Tartu_pedagoogiumi_aruanded, lk 3
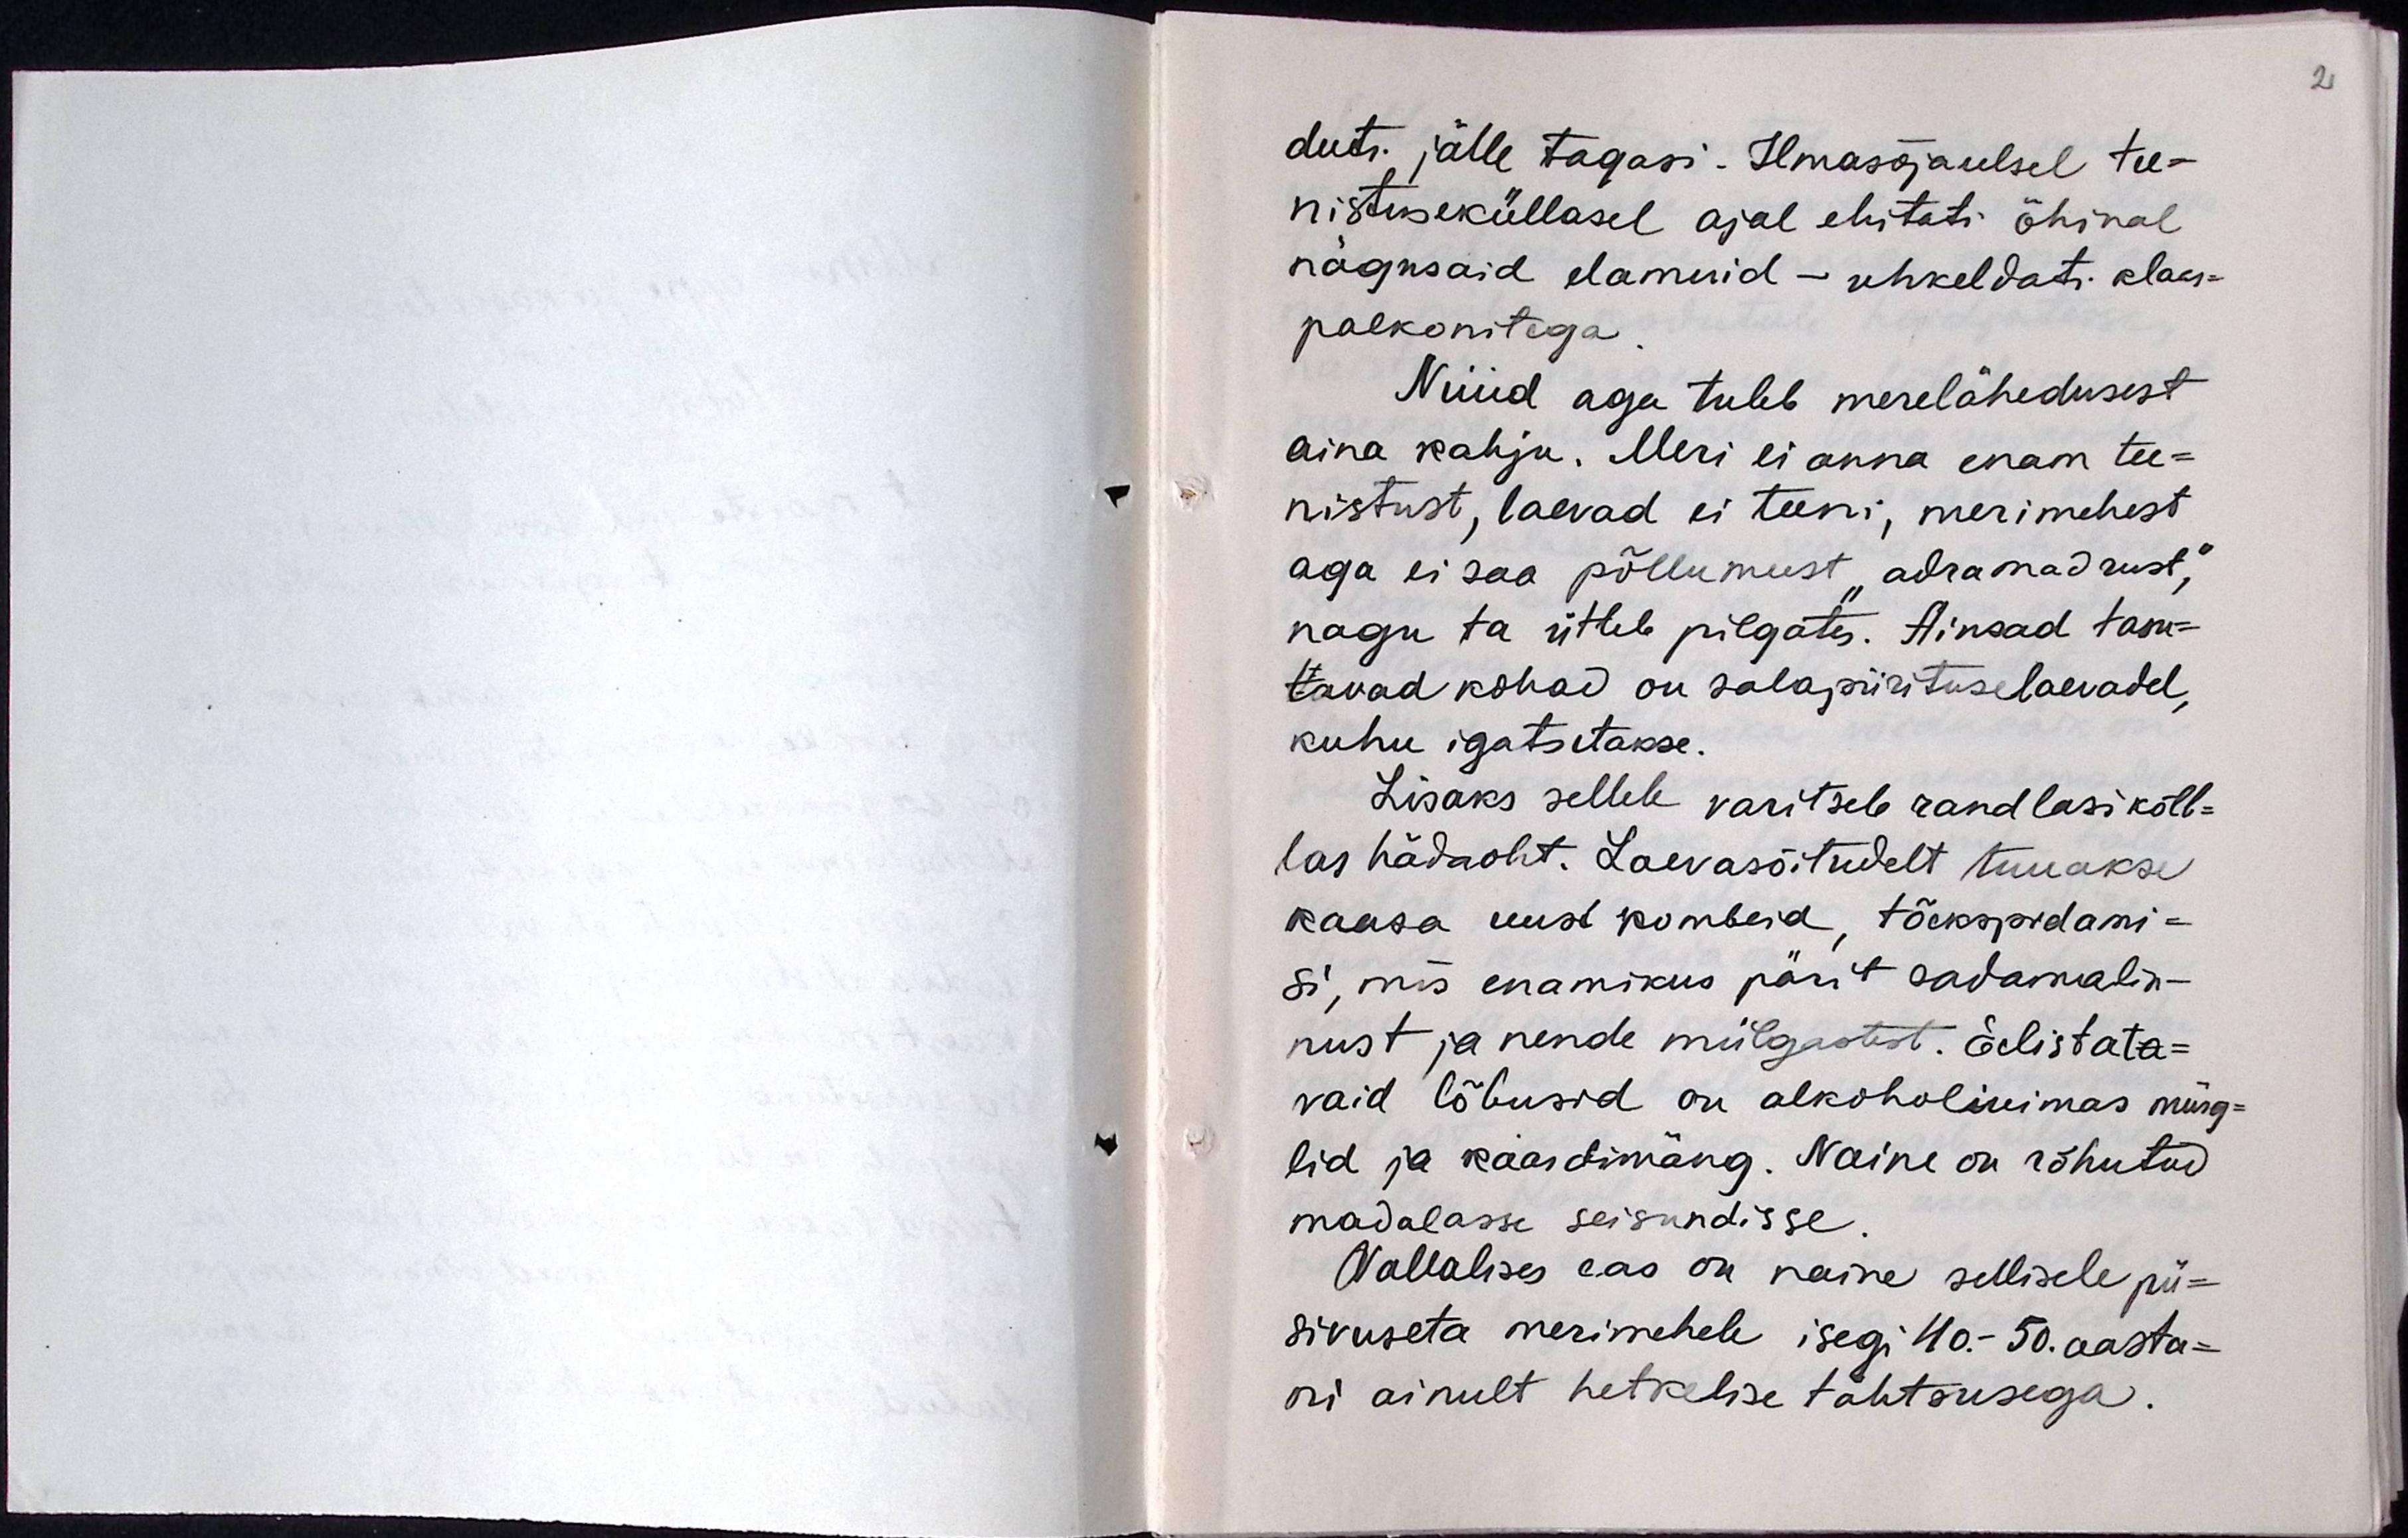
duti jälle tagasi. Ilmasõjaeelsel tee-
nistuseküllasel ajal ehitati õhinal
nägusaid elamuid - uhkeldati klaas-
palkonitega.
Nüüd aga tuleb merelähedusest
aina kahju. Meri ei anna enam tee-
nistust, laevad ei teeni, merimehest
aga ei saa põllumeest "adramadrust",
nagu ta ütleb pilgates. Ainsad tasu-
tavad kohad on salapiirituselaevadel,
kuhu igatsetakse.
Lisaks sellele varitseb randlasi kõlb-
las hädaoht, Laevasõitudelt tuuakse
kaasa uusi kombesid, tõekspidami-
si, mis enamikus pärit sadamalin-
nust ja nene mülgastest. Eelistata-
vaid lõbusid on alkoholiuimas mürg-
lid ja kaardimäng. Naine on rõhutud
madalasse seisundisse.
Vallalises eas on naine sellisele pü-
sivuseta merimehele isegi 40. - 50. aasta-
ni ainult hetkelise tähtsusega.